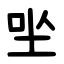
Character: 㘴